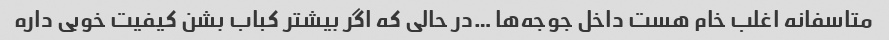
متاسفانه اغلب خام هست داخل جوجه‌ها …در حالی که اگر بیشتر کباب بشن کیفیت خوبی داره